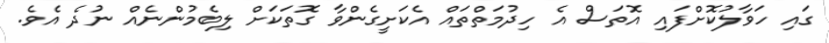
ގައި ހަވާލުކޮށްފައި އޮތަސް އެ ހިދުމަތްތައް އެކަށީގެންވާ ގޮތަކަށް ލިބެމުންނެއް ނުދެ އެވެ.